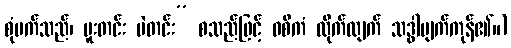
စုံမက်သည်၊ မူးတင်း ပဲတင်း” စသည်ဖြင့် ဝစီကံ ထိုက်လျက် သဒ္ဓါပျက်ကုန်၏။)